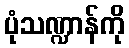
ပုံသဏ္ဍာန်ကို